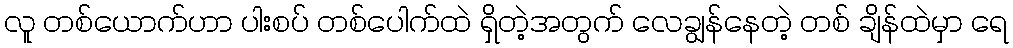
လူ တစ်ယောက်ဟာ ပါးစပ် တစ်ပေါက်ထဲ ရှိတဲ့အတွက် လေချွန်နေတဲ့ တစ် ချိန်ထဲမှာ ရေ